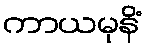
ကာယမုနိံ